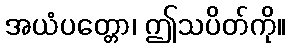
အယံပတ္တော၊ ဤသပိတ်ကို။